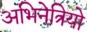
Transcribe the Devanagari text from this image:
अभिनेत्रियो